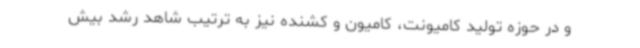
و در حوزه تولید کامیونت، کامیون و کشنده نیز به ترتیب شاهد رشد بیش